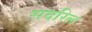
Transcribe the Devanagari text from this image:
सदरिल